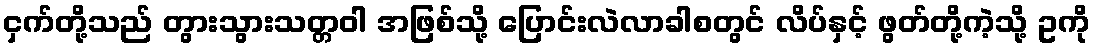
ငှက်တို့သည် တွားသွားသတ္တဝါ အဖြစ်သို့ ပြောင်းလဲလာခါစတွင် လိပ်နှင့် ဖွတ်တို့ကဲ့သို့ ဥကို